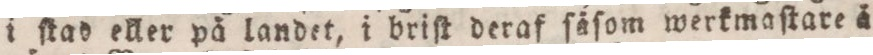
i ſtad eller på landet, i briſt deraf ſåſom werkmaſtare å